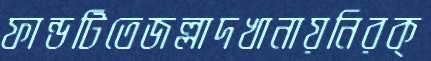
ফান্ডটিতেজল্লাদখানায়নিরক্